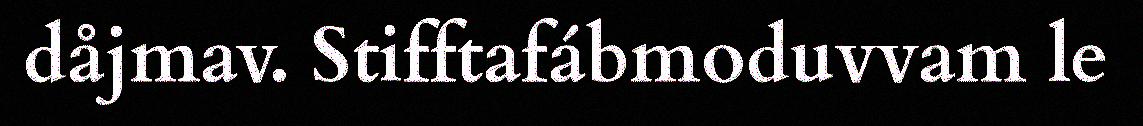
dåjmav. Stifftafábmoduvvam le